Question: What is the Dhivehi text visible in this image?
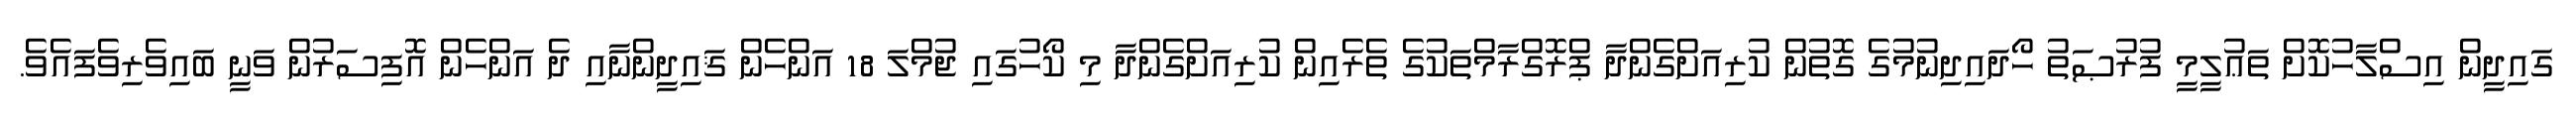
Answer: ގައިދީން އިސްލާހުކޮށް ތަޢުލީމީ ފުރުޞަތު ހޯދައިދިނުމުގެ ގޮތުން ކުރިއަށްގެންދާ ޕްރޮގްރާމްތަކުގެ ތެރެއިން ކުރިއަށްގެންދާ މި ކޯހުގައި ޖުމްލަ 18 އަންހެން ޤައިދީންނާއި ދެ އަންހެން އޮފިސަރުން ވަނީ ބައިވެރިވެފައެވެ.